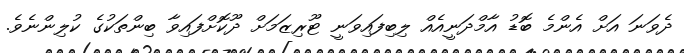
ދެވަނަ އަށް އެންމެ ބޮޑު އާމްދަނީއެއް ލިބިފައިވަނީ ޓޫރިޒަމަށް ދޫކޮށްފައިވާ ބިންތަކުގެ ކުލިންނެވެ.